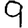
Digit: 9